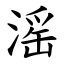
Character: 滛